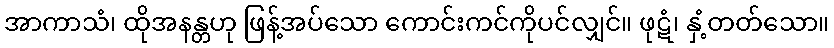
အာကာသံ၊ ထိုအနန္တဟု ဖြန့်အပ်သော ကောင်းကင်ကိုပင်လျှင်။ ဖုဋံ၊ နှံ့တတ်သော။